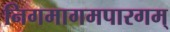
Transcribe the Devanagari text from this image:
निगमागमपारगम्